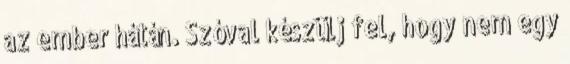
az ember hátán. Szóval készülj fel, hogy nem egy